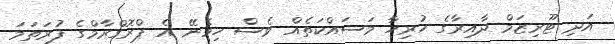
އަދި ޓޫރިޒަމް ދާއިރާގެ ހުރިހާ މަސައްކަތެއް ވެސް ހިމެނޭ އެ ޕްރޮގްރާމްގެ ފުރަތަމަ